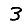
Digit: 3